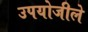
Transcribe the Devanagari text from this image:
उपयोजीले